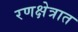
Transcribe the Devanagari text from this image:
रणक्षेत्रात